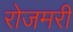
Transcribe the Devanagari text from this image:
रोजमरी